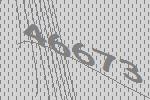
46673